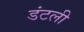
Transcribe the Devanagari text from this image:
डंटली